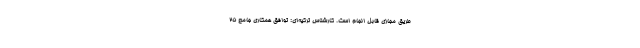
طریق مجازی قابل انجام است. کارشناس ترکیه‌ای: توافق همکاری جامع 25